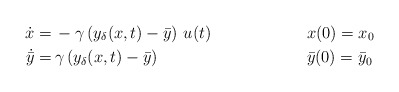
\begin{align*}\dot x =&\,- \gamma \left ( y_\delta({x},t)-\bar{y} \right ) \,u(t) && {x}(0)={x}_0\\\dot{\bar{y}} = &\, \gamma\left (y_\delta({x},t)-\bar{y}\right ) && \bar{y}(0)=\bar{y}_0 \end{align*}